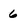
Character: 6